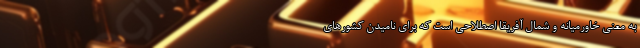
به معنی خاورمیانه و شمال آفریقا اصطلاحی است که برای نامیدن کشورهای